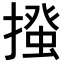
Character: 𢳰